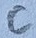
Text: C